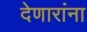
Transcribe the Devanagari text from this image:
देणारांना